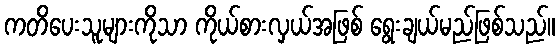
ကတိပေးသူများကိုသာ ကိုယ်စားလှယ်အဖြစ် ရွေးချယ်မည်ဖြစ်သည်။